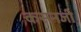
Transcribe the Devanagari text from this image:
कसनजी